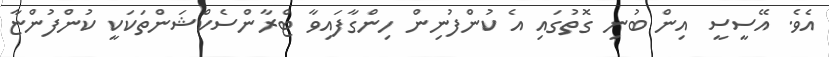
އެވެ. އޭސީސީ އިން ބުނި ގޮތުގައި އެ ކުންފުނިން ހިންގާފައިވާ ޓްރާންސެކްޝަންތަކަކީ ކުންފުންޏާ